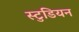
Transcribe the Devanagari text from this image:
स्टुडियन